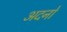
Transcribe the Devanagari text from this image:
अदनो